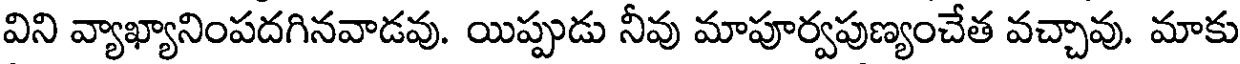
విని వ్యాఖ్యానింపదగినవాడవు. యిప్పుడు నీవు మాపూర్వపుణ్యంచేత వచ్చావు. మాకు